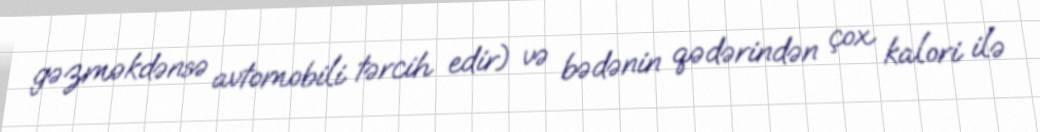
gəzməkdənsə avtomobili tərcih edir) və bədənin qədərindən çox kalori ilə